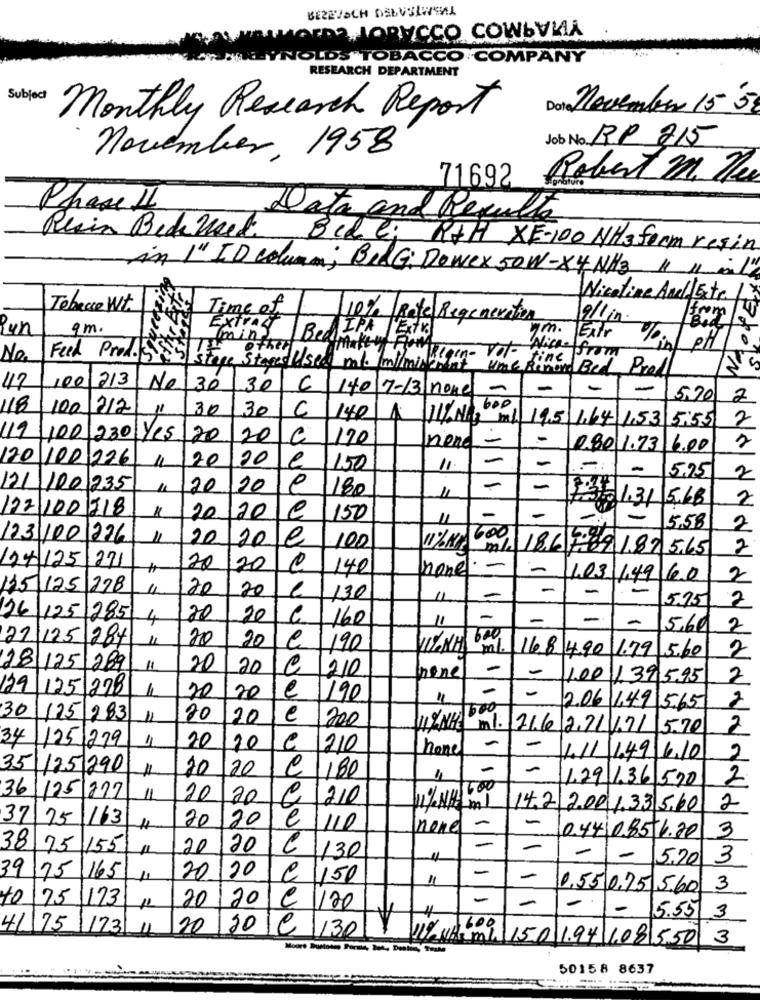
BEZEVSCH DELVEIWSAL
DOWNORYCCO COWbVIIA
OLDS TOBACCO COMPANY
RESEARCH DEPARTMENT
Subject
Dota November 15 5
Monthly Research Report
Job No. RP 215
november, 1958
71692
Robert M. Zes
Phase II
Data and Resulta
Resin Bedensel 8cd e; RAH XE-100 NH3form resin
in 1" ID column; BIRG: Dowex 50W-X4NH3 " " mal"
Nicotine Anal Este 17
Tobacco Wt.
Time of
10% Rate Regeneration
from
Pun
gm.
Extract
IPA
ym.
Bad
miny
Extr
0
Make-up
No.
Feed Prod.
Stages Used mot. ImIlmi tigehvor fine
Nice- from
ume Remind Bed Proll
N
213
42
100
Nel 30
30
6
140/7-13 none
-
-
5.20
2
118
100
212
11
30
30
C
140
1.N.3 ml 195 1.64 1,53 5:55
2
119
100 230 Yes
20
20
C
170
nond -
-
0,80 1.73 6.00
2
120
100 226
20
20
e
11
150
11
-
-
575
2
121
100 235
120
20
1180
-
-
11
3. 1.31 5.68
2
122 100218
20.
20
e
150
11
-
-
-5,58
2
123 1001226
20
20
le
.100
11% KG ml 186 789 187 5.65
2
124 125
271
20
20
140
none -
-
1.03 1,49 6.0
2
135 125 278
4
20
20
-
-
130
-
5.95
2
126 125 285
4
20
20
160
-
-
11
5.60
2
21/125 284
11
20
20
e
1,90
2
11%NH ml. 16.8 4.90 1.79 5.60
28 125 289
11
20
20
nonel -
-
C 1210
100 139 5,95
2
129
125\278
e
-
20
20
1190
11
-
30
2.06 1.49 5.65
2
125 283
11
20
20
e
200
11% NHE ml. 11.6 2.71 1.7/ 5.70
2
34
1251279
1
20
20
e
210
hone
-
-
4/1 1.49 6.10
2
35
125 290
1
10
120
P
180
-
-
1.291.36 570
2
1600
3611251227
11
20
20
C
210
11/1/4 ml
14.2 2.001.33 5.60
2
37 75
163
20
120
e
-
110
none
-
3
-
0.44 0.85-6.20
38 75
155
20
20
C
130
-
5,20
3
20
-
39 75
16.5
20
e
150
1,55 0,75 5.60 3
to
75
173
20
2016
-
1120
-
5.55 3
41 75 173
11
20
/2016 130
10% Nba Min 15.0 1.94 1.08 5.50 3
50158 8637